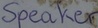
Text: Speaker